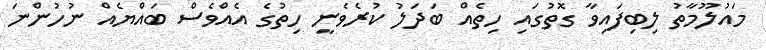
މައުލޫމާތު ލިބިފައިވާ ގޮތުގައި ހިތެއް ބަދަލު ކުރެވެނީ ހިތުގެ އެއްވެސް ބައްޔެއް ނުހުންނަ